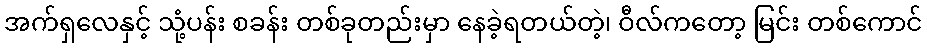
အက်ရှလေနှင့် သုံ့ပန်း စခန်း တစ်ခုတည်းမှာ နေခဲ့ရတယ်တဲ့၊ ဝီလ်ကတော့ မြင်း တစ်ကောင်